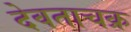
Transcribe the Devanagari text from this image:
देवताचक्र